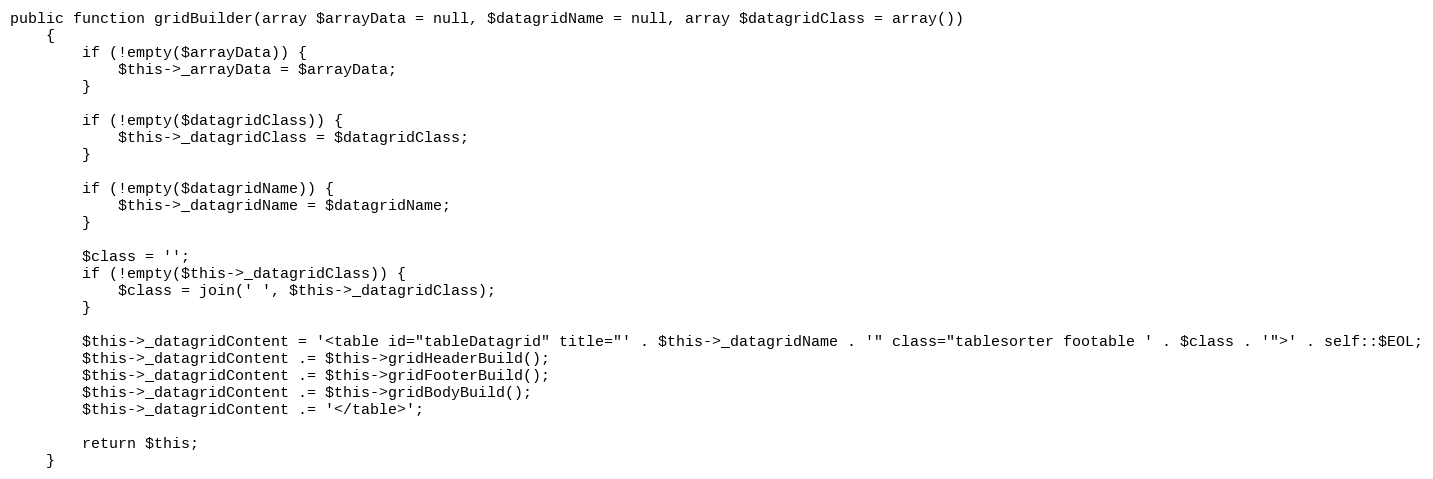
Language: PHP
public function gridBuilder(array $arrayData = null, $datagridName = null, array $datagridClass = array())
    {
        if (!empty($arrayData)) {
            $this->_arrayData = $arrayData;
        }

        if (!empty($datagridClass)) {
            $this->_datagridClass = $datagridClass;
        }

        if (!empty($datagridName)) {
            $this->_datagridName = $datagridName;
        }

        $class = '';
        if (!empty($this->_datagridClass)) {
            $class = join(' ', $this->_datagridClass);
        }

        $this->_datagridContent = '<table id="tableDatagrid" title="' . $this->_datagridName . '" class="tablesorter footable ' . $class . '">' . self::$EOL;
        $this->_datagridContent .= $this->gridHeaderBuild();
        $this->_datagridContent .= $this->gridFooterBuild();
        $this->_datagridContent .= $this->gridBodyBuild();
        $this->_datagridContent .= '</table>';

        return $this;
    }